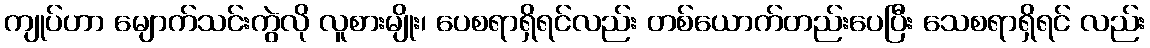
ကျုပ်ဟာ မျောက်သင်းကွဲလို လူစားမျိုး၊ ပေစရာရှိရင်လည်း တစ်ယောက်တည်းပေပြီး သေစရာရှိရင် လည်း